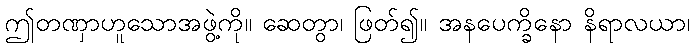
ဤတဏှာဟူသောအဖွဲ့ကို။ ဆေတွာ၊ ဖြတ်၍။ အနပေက္ခိနော နိရာလယာ၊